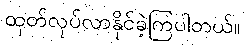
ထုတ်လုပ်လာနိုင်ခဲ့ကြပါတယ်။